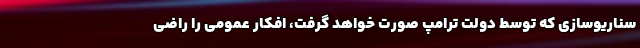
سناریوسازی که توسط دولت ترامپ صورت خواهد گرفت، افکار عمومی را راضی